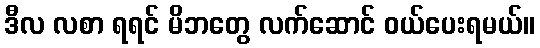
ဒီလ လစာ ရရင် မိဘတွေ လက်ဆောင် ဝယ်ပေးရမယ်။